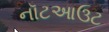
નૉટઆઉટ